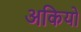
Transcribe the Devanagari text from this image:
अकियो